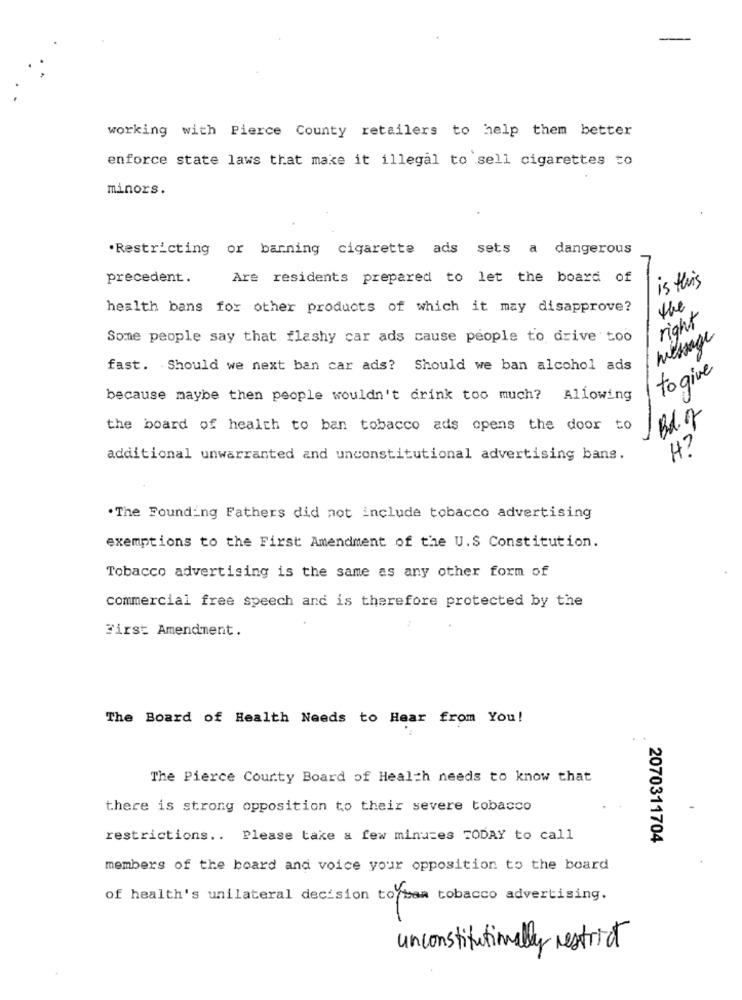
working with Pierce County retailers to help them better
enforce state laws that make it illegal to sell cigarettes to
minors.
.Restricting or barning cigarette ads sets a dangerous
precedent.
Are residents prepared to let the board of
is this
health bans for other products of which it may disapprove?
the
right
Some people say that flashy car ads cause people to drive too
message
fast. Should we next ban car ads? Should we ban alcohol ads
togive
because maybe then people wouldn't drink too much? Allowing
the board of health to ban tobacco ads opens the door to
H ?'
additional unwarranted and unconstitutional advertising bans.
.The Founding Fathers did not include tobacco advertising
exemptions to the First Amendment of the U.S Constitution.
Tobacco advertising is the same as any other form of
commercial free speech and is therefore protected by the
First Amendment.
The Board of Health Needs to Hear from You!
The Pierce Courty Board of Health needs to know that
there is strong opposition to their severe tobacco
restrictions .. Please take a few minutes TODAY to call
2070311704
members of the board and voice your opposition to the board
of health's unilateral decision toyban tobacco advertising.
unconstitutionally restrict